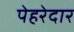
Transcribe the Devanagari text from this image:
पेहरेदार